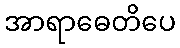
အာရာဓေတိပေ